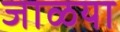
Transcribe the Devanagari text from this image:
जाळया